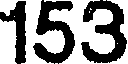
153